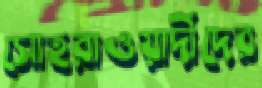
সোহরাওয়ার্দীদের